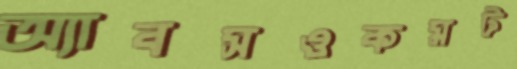
অ্যাবসওকমট